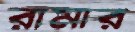
রামার